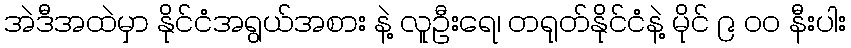
အဲဒီအထဲမှာ နိုင်ငံအရွယ်အစား နဲ့ လူဦးရေ၊ တရုတ်နိုင်ငံနဲ့ မိုင် ၉ ၀၀ နီးပါး